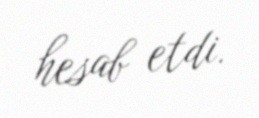
hesab etdi.